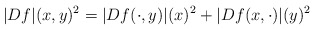
\begin{align*}|Df|(x,y)^2=|Df(\cdot,y)|(x)^2+|Df(x,\cdot)|(y)^2\end{align*}